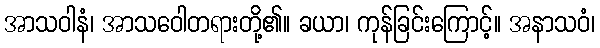
အာသဝါနံ၊ အာသဝေါတရားတို့၏။ ခယာ၊ ကုန်ခြင်းကြောင့်။ အနာသဝံ၊